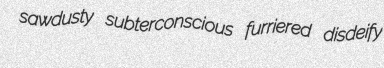
sawdusty subterconscious furriered disdeify